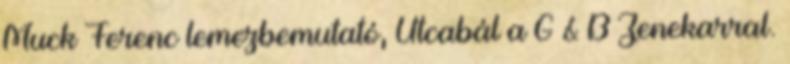
Muck Ferenc lemezbemutató, Utcabál a G & B Zenekarral.